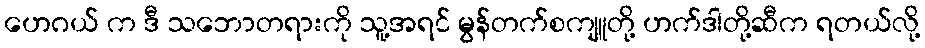
ဟေဂယ် က ဒီ သဘောတရားကို သူ့အရင် မွန်တက်စကျူတို့ ဟက်ဒါတို့ဆီက ရတယ်လို့